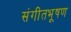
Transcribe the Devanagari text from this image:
संगीतभूषण